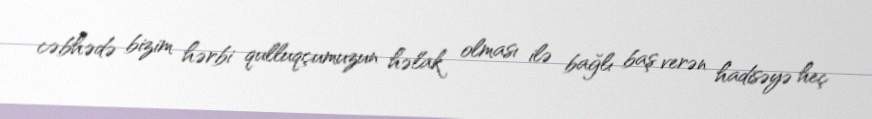
cəbhədə bizim hərbi qulluqçumuzun həlak olması ilə bağlı baş verən hadisəyə heç